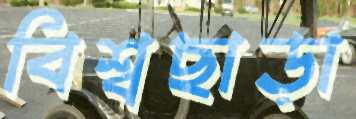
বিশ্বছাড়া